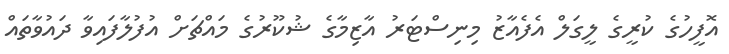
އޮފީހުގެ ކުރީގެ ލީގަލް އެފެއާޒު މިނިސްޓަރު އާޒިމާގެ ޝުކޫރުގެ މައްޗަށް އުފުލާފައިވާ ދައުވާތައް